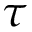
\tau